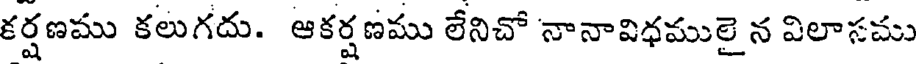
కర్షణము కలుగదు. ఆకర్షణము లేనిచో నానావిధములై న విలాసము